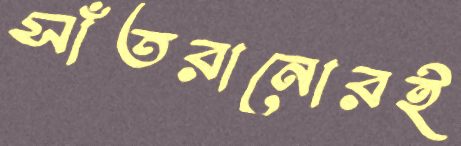
সাঁতরানোরই